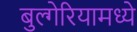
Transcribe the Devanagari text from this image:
बुल्गेरियामध्ये